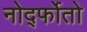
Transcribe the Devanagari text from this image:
नोर्द्फोतो